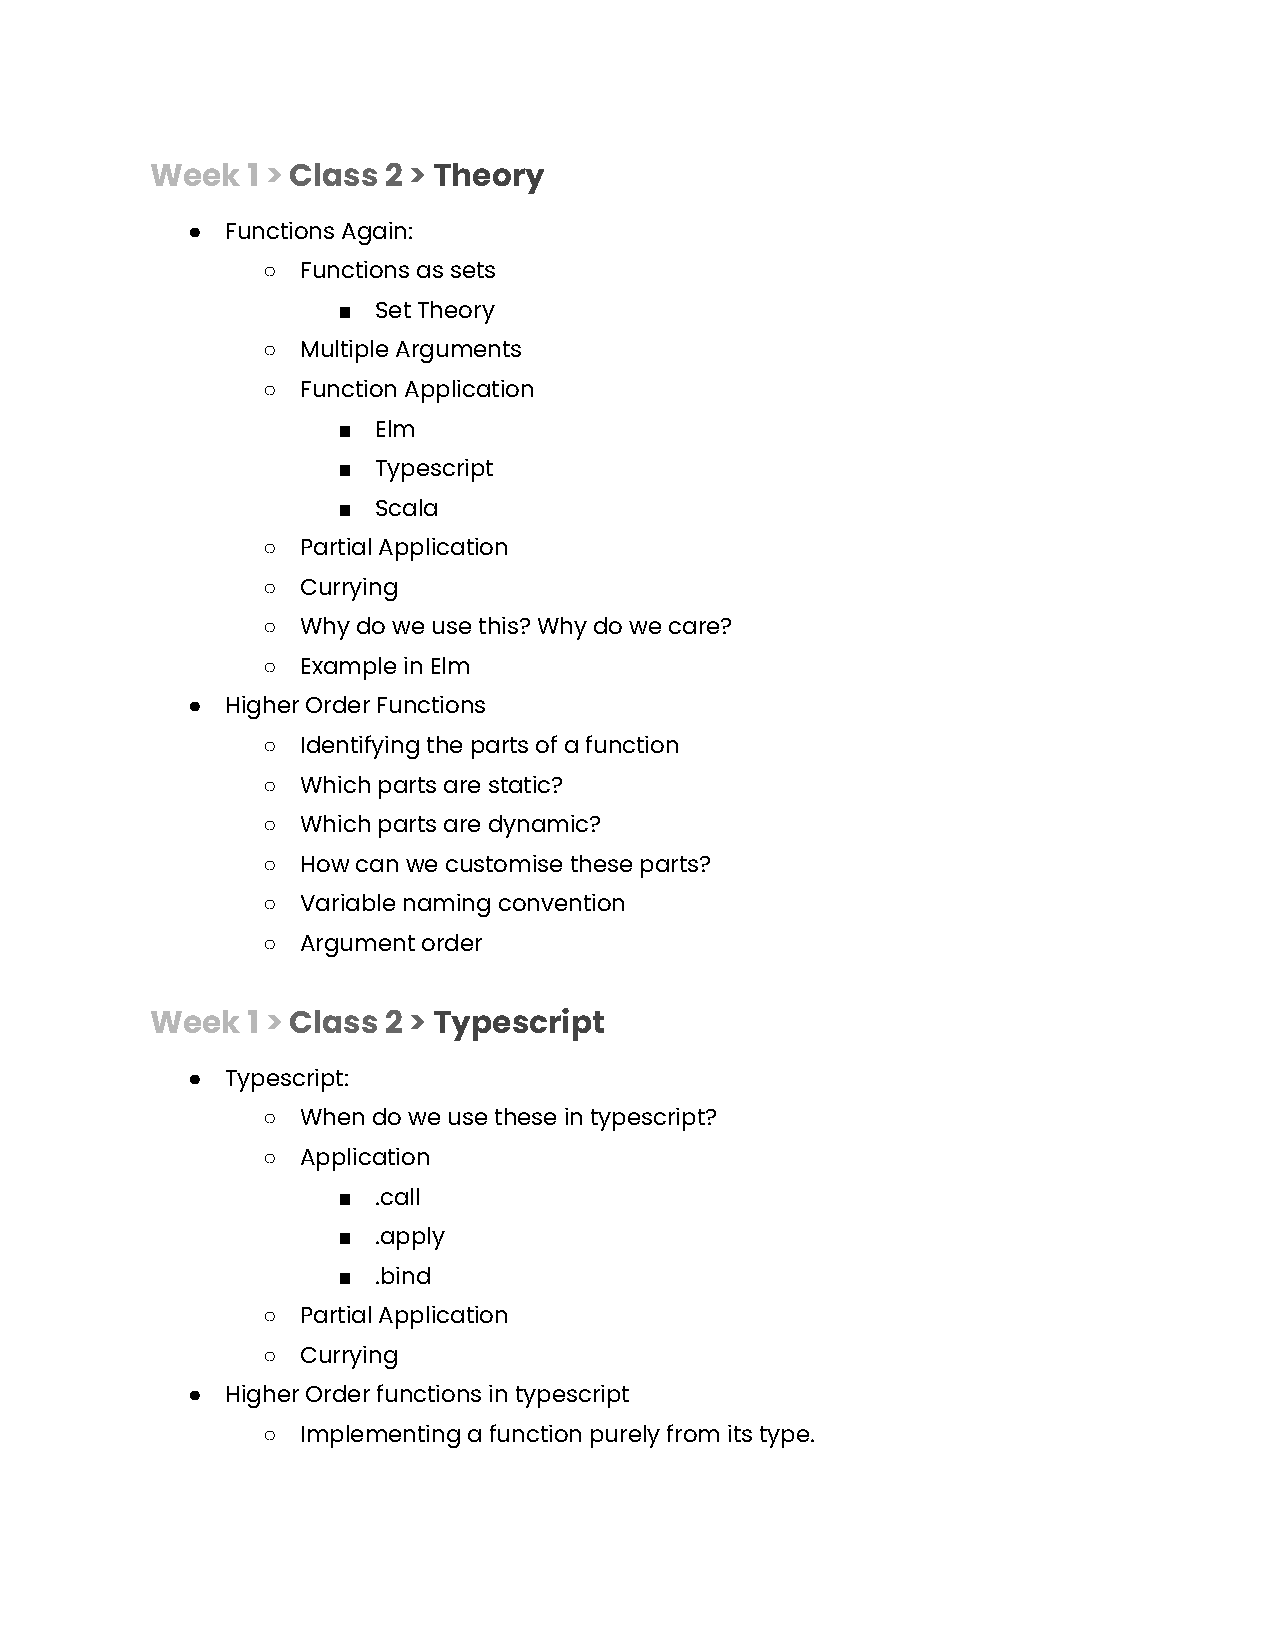
Week  1 > Class 2 > Theory
 ●  Functions Again:
 ○  Functions as sets
 ■  Set Theory
 ○  Multiple Arguments
 ○  Function Application
 ■  Elm
 ■  Typescript
 ■  Scala
 ○  Partial Application
 ○  Currying
 ○  Why do we use this? Why do we care?
 ○  Example in Elm
 ●  Higher Order Functions
 ○  Identifying the parts of a function
 ○  Which parts are static?
 ○  Which parts are dynamic?
 ○  How can we customise these parts?
 ○  Variable naming convention
 ○  Argument order
 Week  1 > Class 2 > Typescript
 ●  Typescript:
 ○  When do we use these in typescript?
 ○  Application
 ■  .call
 ■  .apply
 ■  .bind
 ○  Partial Application
 ○  Currying
 ●  Higher Order functions in typescript
 ○  Implementing a function purely from its type.